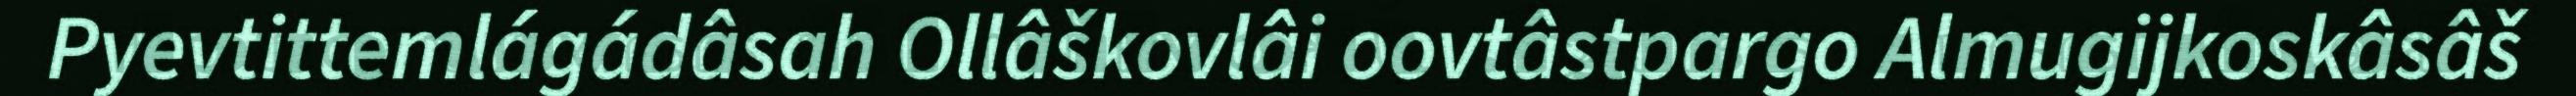
Pyevtittemlágádâsah Ollâškovlâi oovtâstpargo Almugijkoskâsâš